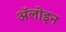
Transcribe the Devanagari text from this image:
ॲलोइन